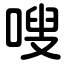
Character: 嗖